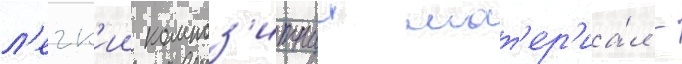
л'егк'ии композ'итныи мат'ер'иа́л -